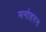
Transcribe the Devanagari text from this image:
मनोहरन